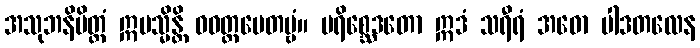
အသုဘနိမိတ္တံ ဣမသ္မိန္တိ ဝဝတ္ထပေတဗ္ဗံ။ ပရိစ္ဆေဒတော ဣဒံ သရီရံ အဓော ပါဒတလေန